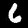
Label: 6